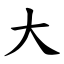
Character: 大